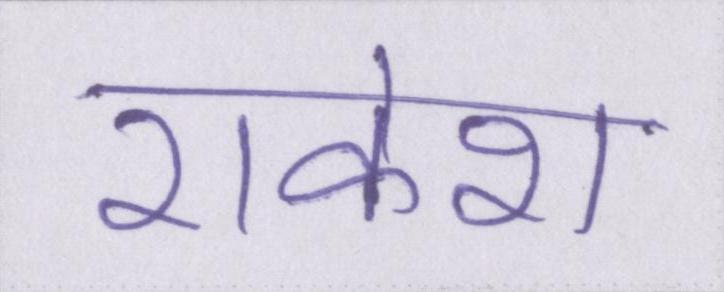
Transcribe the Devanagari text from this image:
राकेश